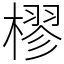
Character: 樛